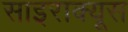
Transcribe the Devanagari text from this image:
साइराक्यूस